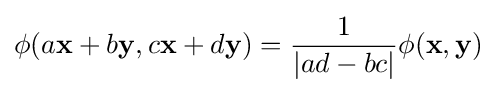
\phi (a\mathbf {x} +b\mathbf {y} ,c\mathbf {x} +d\mathbf {y} )={\frac {1}{|ad-bc|}}\phi (\mathbf {x} ,\mathbf {y} )